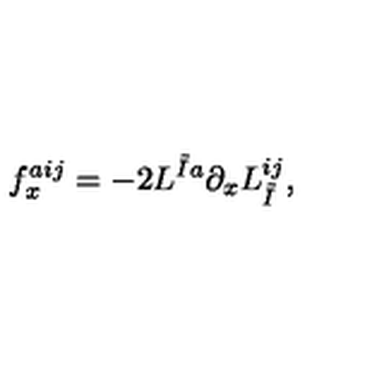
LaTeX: f _ { x } ^ { a i j } = - 2 L ^ { \tilde { I } a } \partial _ { x } L _ { \tilde { I } } ^ { i j } ,